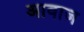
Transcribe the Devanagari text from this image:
अावाज